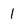
Character: 1